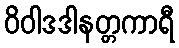
ဝိဝါဒဒါနတ္တကာရီ